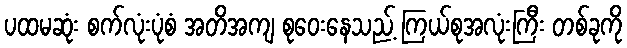
ပထမဆုံး စက်လုံးပုံစံ အတိအကျ စုဝေးနေသည့် ကြယ်စုအလုံးကြီး တစ်ခုကို